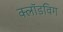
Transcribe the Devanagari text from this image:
क्लॉडविग